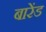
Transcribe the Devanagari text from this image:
बारेंड